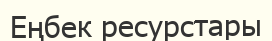
Еңбек ресурстары